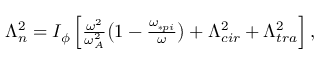
\begin{array} { r } { \Lambda _ { n } ^ { 2 } = I _ { \phi } \left[ \frac { \omega ^ { 2 } } { \omega _ { A } ^ { 2 } } \big ( 1 - \frac { \omega _ { \ast p i } } { \omega } \big ) + \Lambda _ { c i r } ^ { 2 } + \Lambda _ { t r a } ^ { 2 } \right] , } \end{array}